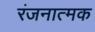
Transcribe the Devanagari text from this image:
रंजनात्मक